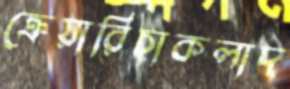
ক্রেয়ারিচাকলাদ